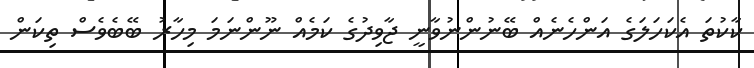
ކާކުތަ އެކަހަލަގެ އަންހެނެއް ބޭނުންނުވާނީ ޖާވިދުގެ ކަމެއް ނޫންނަމަ މިހާރު ބޭބެވެސް ތިކަން